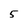
Character: 5